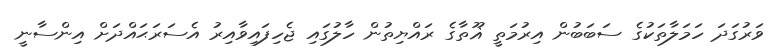
ވަރުގަދަ ހަމަލާތަކުގެ ސަބަބުން އިރުމަތީ ޣޫތާގެ ރައްޔިތުން ހާލުގައި ޖެހިފައިވާއިރު އެސަރަޙައްދަށް އިންސާނީ